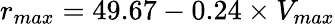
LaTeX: r_{max}=49.67-0.24\times V_{max}